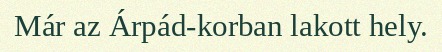
Már az Árpád-korban lakott hely.